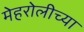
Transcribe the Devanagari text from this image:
मेहरोलीच्या